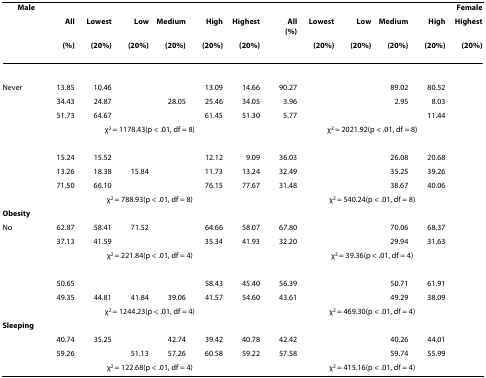
<table><thead><tr><td colspan="7"><b> Male</b></td><td colspan="6"><b>Female</b></td></tr><tr><td>[EMPTY_CELL]</td><td><b>All</b></td><td><b>Lowest</b></td><td><b>Low</b></td><td><b>Medium</b></td><td><b>High</b></td><td><b>Highest</b></td><td><b>All(%)</b></td><td><b>Lowest</b></td><td><b>Low</b></td><td><b>Medium</b></td><td><b>High</b></td><td><b>Highest</b></td></tr><tr><td>[EMPTY_CELL]</td><td><b>(%)</b></td><td><b>(20%)</b></td><td><b>(20%)</b></td><td><b>(20%)</b></td><td><b>(20%)</b></td><td><b>(20%)</b></td><td>[EMPTY_CELL]</td><td><b>(20%)</b></td><td><b>(20%)</b></td><td><b>(20%)</b></td><td><b>(20%)</b></td><td><b>(20%)</b></td></tr></thead><tbody><tr><td>[EMPTY_CELL]</td><td>[EMPTY_CELL]</td><td>[EMPTY_CELL]</td><td>[EMPTY_CELL]</td><td>[EMPTY_CELL]</td><td>[EMPTY_CELL]</td><td>[EMPTY_CELL]</td><td>[EMPTY_CELL]</td><td>[EMPTY_CELL]</td><td>[EMPTY_CELL]</td><td>[EMPTY_CELL]</td><td>[EMPTY_CELL]</td><td>[EMPTY_CELL]</td></tr><tr><td>Never</td><td>13.85</td><td>10.46</td><td>[EMPTY_CELL]</td><td>[EMPTY_CELL]</td><td>13.09</td><td>14.66</td><td>90.27</td><td>[EMPTY_CELL]</td><td>[EMPTY_CELL]</td><td>89.02</td><td>80.52</td><td>[EMPTY_CELL]</td></tr><tr><td>[EMPTY_CELL]</td><td>34.43</td><td>24.87</td><td>[EMPTY_CELL]</td><td>28.05</td><td>25.46</td><td>34.05</td><td>3.96</td><td>[EMPTY_CELL]</td><td>[EMPTY_CELL]</td><td>2.95</td><td>8.03</td><td>[EMPTY_CELL]</td></tr><tr><td>[EMPTY_CELL]</td><td>51.73</td><td>64.67</td><td>[EMPTY_CELL]</td><td>[EMPTY_CELL]</td><td>61.45</td><td>51.30</td><td>5.77</td><td>[EMPTY_CELL]</td><td>[EMPTY_CELL]</td><td>[EMPTY_CELL]</td><td>11.44</td><td>[EMPTY_CELL]</td></tr><tr><td>[EMPTY_CELL]</td><td colspan="6">χ<sup>2 </sup>= 1178.43(p &lt; .01, df = 8)</td><td colspan="6">χ<sup>2 </sup>= 2021.92(p &lt; .01, df = 8)</td></tr><tr><td>[EMPTY_CELL]</td><td>[EMPTY_CELL]</td><td>[EMPTY_CELL]</td><td>[EMPTY_CELL]</td><td>[EMPTY_CELL]</td><td>[EMPTY_CELL]</td><td>[EMPTY_CELL]</td><td>[EMPTY_CELL]</td><td>[EMPTY_CELL]</td><td>[EMPTY_CELL]</td><td>[EMPTY_CELL]</td><td>[EMPTY_CELL]</td><td>[EMPTY_CELL]</td></tr><tr><td>[EMPTY_CELL]</td><td>15.24</td><td>15.52</td><td>[EMPTY_CELL]</td><td>[EMPTY_CELL]</td><td>12.12</td><td>9.09</td><td>36.03</td><td>[EMPTY_CELL]</td><td>[EMPTY_CELL]</td><td>26.08</td><td>20.68</td><td>[EMPTY_CELL]</td></tr><tr><td>[EMPTY_CELL]</td><td>13.26</td><td>18.38</td><td>15.84</td><td>[EMPTY_CELL]</td><td>11.73</td><td>13.24</td><td>32.49</td><td>[EMPTY_CELL]</td><td>[EMPTY_CELL]</td><td>35.25</td><td>39.26</td><td>[EMPTY_CELL]</td></tr><tr><td>[EMPTY_CELL]</td><td>71.50</td><td>66.10</td><td>[EMPTY_CELL]</td><td>[EMPTY_CELL]</td><td>76.15</td><td>77.67</td><td>31.48</td><td>[EMPTY_CELL]</td><td>[EMPTY_CELL]</td><td>38.67</td><td>40.06</td><td>[EMPTY_CELL]</td></tr><tr><td>[EMPTY_CELL]</td><td colspan="6">χ<sup>2 </sup>= 788.93(p &lt; .01, df = 8)</td><td colspan="6">χ<sup>2 </sup>= 540.24(p &lt; .01, df = 8)</td></tr><tr><td><b>Obesity</b></td><td>[EMPTY_CELL]</td><td>[EMPTY_CELL]</td><td>[EMPTY_CELL]</td><td>[EMPTY_CELL]</td><td>[EMPTY_CELL]</td><td>[EMPTY_CELL]</td><td>[EMPTY_CELL]</td><td>[EMPTY_CELL]</td><td>[EMPTY_CELL]</td><td>[EMPTY_CELL]</td><td>[EMPTY_CELL]</td><td>[EMPTY_CELL]</td></tr><tr><td>No</td><td>62.87</td><td>58.41</td><td>71.52</td><td>[EMPTY_CELL]</td><td>64.66</td><td>58.07</td><td>67.80</td><td>[EMPTY_CELL]</td><td>[EMPTY_CELL]</td><td>70.06</td><td>68.37</td><td>[EMPTY_CELL]</td></tr><tr><td>[EMPTY_CELL]</td><td>37.13</td><td>41.59</td><td>[EMPTY_CELL]</td><td>[EMPTY_CELL]</td><td>35.34</td><td>41.93</td><td>32.20</td><td>[EMPTY_CELL]</td><td>[EMPTY_CELL]</td><td>29.94</td><td>31.63</td><td>[EMPTY_CELL]</td></tr><tr><td>[EMPTY_CELL]</td><td colspan="6">χ<sup>2 </sup>= 221.84(p &lt; .01, df = 4)</td><td colspan="6">χ<sup>2 </sup>= 39.36(p &lt; .01, df = 4)</td></tr><tr><td>[EMPTY_CELL]</td><td>[EMPTY_CELL]</td><td>[EMPTY_CELL]</td><td>[EMPTY_CELL]</td><td>[EMPTY_CELL]</td><td>[EMPTY_CELL]</td><td>[EMPTY_CELL]</td><td>[EMPTY_CELL]</td><td>[EMPTY_CELL]</td><td>[EMPTY_CELL]</td><td>[EMPTY_CELL]</td><td>[EMPTY_CELL]</td><td>[EMPTY_CELL]</td></tr><tr><td>[EMPTY_CELL]</td><td>50.65</td><td>[EMPTY_CELL]</td><td>[EMPTY_CELL]</td><td>[EMPTY_CELL]</td><td>58.43</td><td>45.40</td><td>56.39</td><td>[EMPTY_CELL]</td><td>[EMPTY_CELL]</td><td>50.71</td><td>61.91</td><td>[EMPTY_CELL]</td></tr><tr><td>[EMPTY_CELL]</td><td>49.35</td><td>44.81</td><td>41.84</td><td>39.06</td><td>41.57</td><td>54.60</td><td>43.61</td><td>[EMPTY_CELL]</td><td>[EMPTY_CELL]</td><td>49.29</td><td>38.09</td><td>[EMPTY_CELL]</td></tr><tr><td>[EMPTY_CELL]</td><td colspan="6">χ<sup>2 </sup>= 1244.23(p &lt; .01, df = 4)</td><td colspan="6">χ<sup>2 </sup>= 469.30(p &lt; .01, df = 4)</td></tr><tr><td><b>Sleeping</b></td><td>[EMPTY_CELL]</td><td>[EMPTY_CELL]</td><td>[EMPTY_CELL]</td><td>[EMPTY_CELL]</td><td>[EMPTY_CELL]</td><td>[EMPTY_CELL]</td><td>[EMPTY_CELL]</td><td>[EMPTY_CELL]</td><td>[EMPTY_CELL]</td><td>[EMPTY_CELL]</td><td>[EMPTY_CELL]</td><td>[EMPTY_CELL]</td></tr><tr><td>[EMPTY_CELL]</td><td>40.74</td><td>35.25</td><td>[EMPTY_CELL]</td><td>42.74</td><td>39.42</td><td>40.78</td><td>42.42</td><td>[EMPTY_CELL]</td><td>[EMPTY_CELL]</td><td>40.26</td><td>44.01</td><td>[EMPTY_CELL]</td></tr><tr><td>[EMPTY_CELL]</td><td>59.26</td><td>[EMPTY_CELL]</td><td>51.13</td><td>57.26</td><td>60.58</td><td>59.22</td><td>57.58</td><td>[EMPTY_CELL]</td><td>[EMPTY_CELL]</td><td>59.74</td><td>55.99</td><td>[EMPTY_CELL]</td></tr><tr><td>[EMPTY_CELL]</td><td colspan="6">χ<sup>2 </sup>= 122.68(p &lt; .01, df = 4)</td><td colspan="6">χ<sup>2 </sup>= 415.16(p &lt; .01, df = 4)</td></tr></tbody></table>